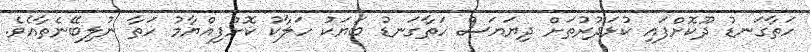
ހަތާގަނޑު ދޫކޮށްފައި ކުޅަދުރުތަށް ދިޔަޔަސް ހަތާގަނޑު ބަޔަކު ހަލާކު ކޮށްފިއްޔާމު ހަތާ ނުލިބޭނެތާއެވެ.